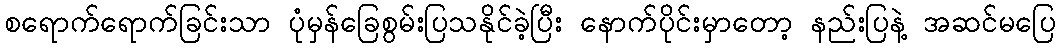
စရောက်ရောက်ခြင်းသာ ပုံမှန်ခြေစွမ်းပြသနိုင်ခဲ့ပြီး နောက်ပိုင်းမှာတော့ နည်းပြနဲ့ အဆင်မပြေ